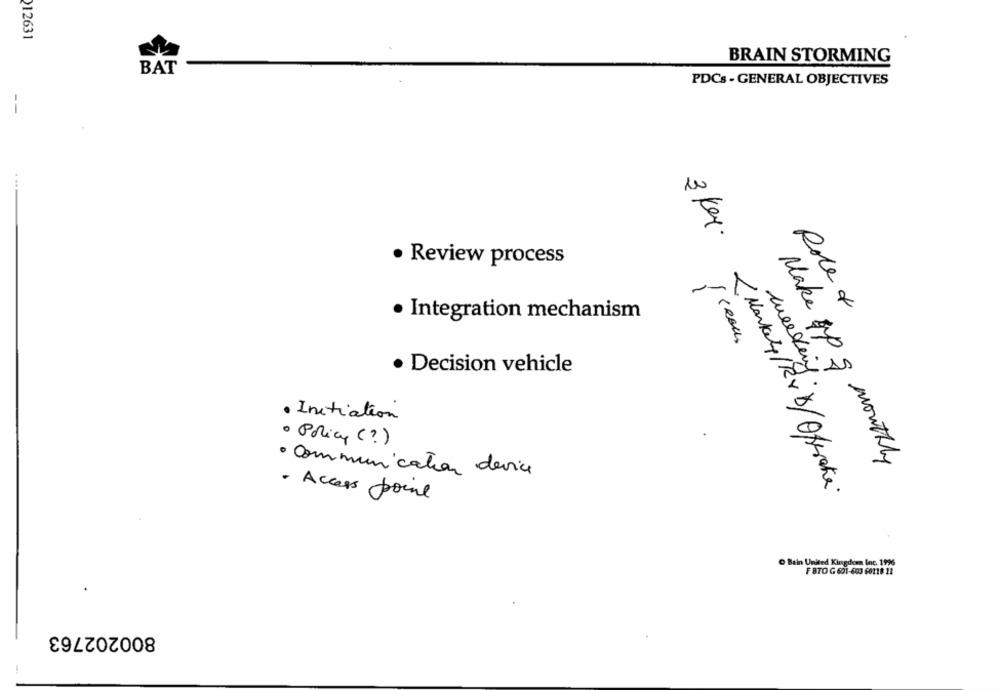
212631
BRAIN STORMING
BAT
PDCs - GENERAL OBJECTIVES
3 kg.
· Review process
Role &
· Integration mechanism
· Decision vehicle
weeking
· Initiation
· Policy (?)
Make up q monthly
· Communication device
· Access point
@ Bain United Kingdom Inc. 19%
FBTO G 601-603 60118 12
800202763